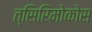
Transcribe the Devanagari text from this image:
त्सिरिमोकोस